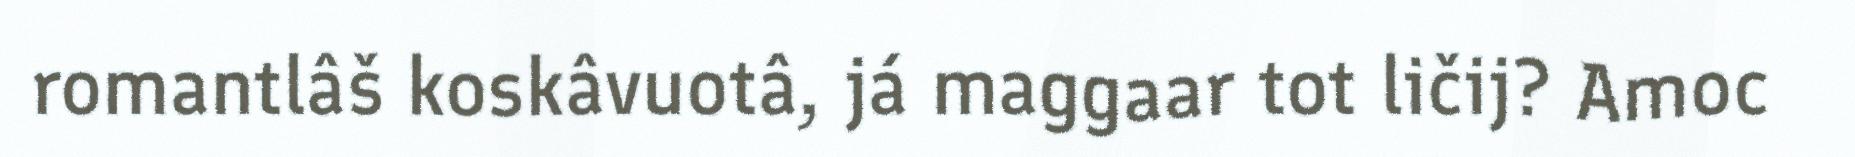
romantlâš koskâvuotâ, já maggaar tot ličij? Amoc